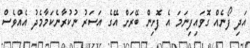
އަދި ފޯނެއް ގޮވައިފިނަމަ އެ ފޮށިން ބޭރަށް އޭގެ އަސަރު ނުކުރާނެކަމާމެދު އެއްވެސް